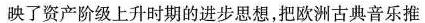
映了资产阶级上升时期的进步思想，把欧洲古典音乐推